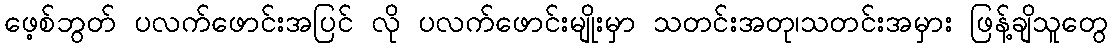
ဖေ့စ်ဘွတ် ပလက်ဖောင်းအပြင် လို ပလက်ဖောင်းမျိုးမှာ သတင်းအတု၊သတင်းအမှား ဖြန့်ချိသူတွေ